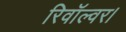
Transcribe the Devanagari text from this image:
रिवॉल्वर।